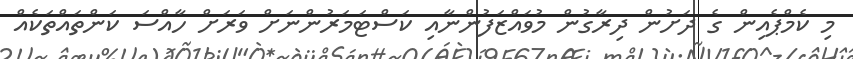
މި ކެމްޕެއިން ގެ ދަށުން ދިރާގުން މުވައްޒަފުންނާއި ކަސްޓަމަރުންނަށް ވަރަށް ހާއްސަ ކަންތައްތަކެއް